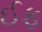
ઈફ